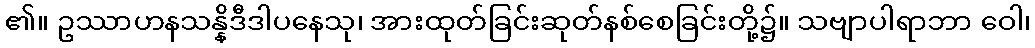
၏။ ဥဿာဟနသန္နိဒီဒါပနေသု၊ အားထုတ်ခြင်းဆုတ်နစ်စေခြင်းတို့၌။ သဗျာပါရာဘာ ဝေါ၊